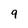
Character: 9